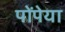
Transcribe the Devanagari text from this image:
पोंपेया